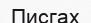
Писгах